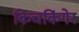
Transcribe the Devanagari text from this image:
किचकिंगेर